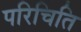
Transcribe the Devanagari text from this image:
परिचिति